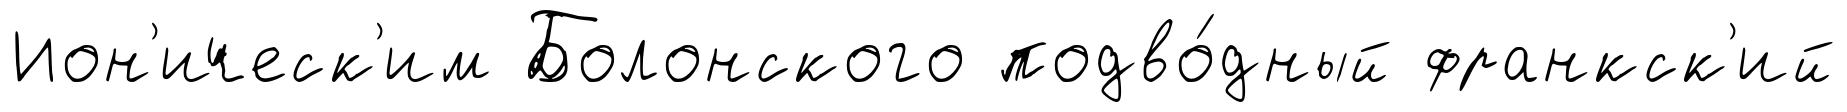
Ион'ическ'им Болонского подво́дный франкск'ий